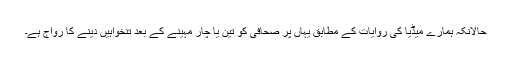
حالانکہ ہمارے میڈیا کی روایات کے مطابق یہاں پر صحافی کو تین یا چار مہینے کے بعد تنخواہیں دینے کا رواج ہے۔